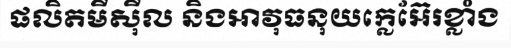
ផលិតមីស៊ីល និងអាវុធនុយក្លេអ៊ែរខ្លាំង